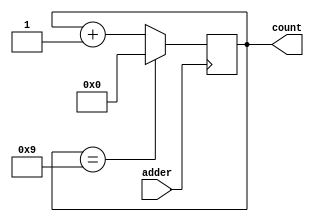
`timescale 1ns / 1ps
//////////////////////////////////////////////////////////////////////////////////
// Company: 
// Engineer: 
// 
// Design Name: 
// Module Name: add
// Project Name: 
// Target Devices: 
// Tool Versions: 
// Description: 
// 
// Dependencies: 
// 
// Revision:
// Revision 0.01 - File Created
// Additional Comments:
// 
//////////////////////////////////////////////////////////////////////////////////


module add #(parameter x= 4, n = 10)
(input adder, output reg [x-1:0]count);
//reg [x-1:0] count;

always @(posedge adder) begin
    if (count == n-1)
        count <= 0;
    else 
        count <= count + 1; // non-blocking assignment
// normal operation
end
endmodule